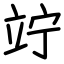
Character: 竚